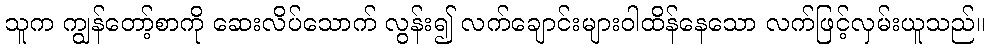
သူက ကျွန်တော့်စာကို ဆေးလိပ်သောက် လွန်း၍ လက်ချောင်းများဝါထိန်နေသော လက်ဖြင့်လှမ်းယူသည်။